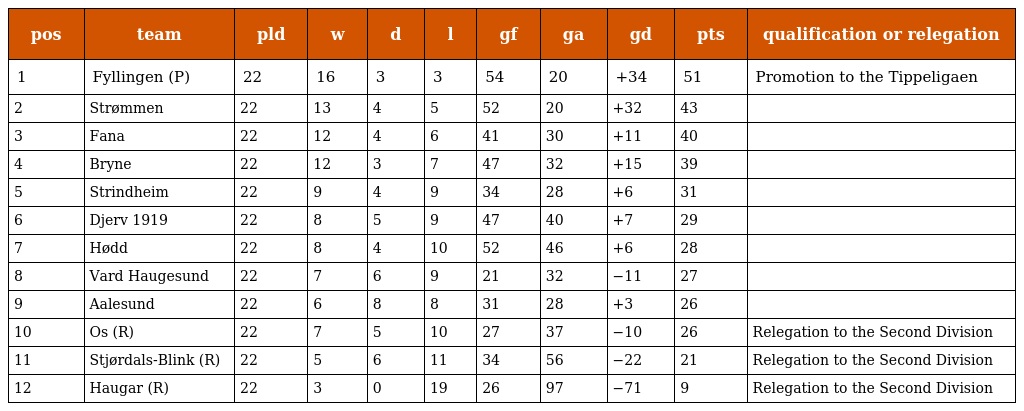
| pos | team | pld | w | d | l | gf | ga | gd | pts | qualification or relegation |
 | --- | --- | --- | --- | --- | --- | --- | --- | --- | --- | --- |
 | 1 | Fyllingen (P) | 22 | 16 | 3 | 3 | 54 | 20 | +34 | 51 | Promotion to the Tippeligaen |
 | 2 | Strømmen | 22 | 13 | 4 | 5 | 52 | 20 | +32 | 43 |  |
 | 3 | Fana | 22 | 12 | 4 | 6 | 41 | 30 | +11 | 40 |  |
 | 4 | Bryne | 22 | 12 | 3 | 7 | 47 | 32 | +15 | 39 |  |
 | 5 | Strindheim | 22 | 9 | 4 | 9 | 34 | 28 | +6 | 31 |  |
 | 6 | Djerv 1919 | 22 | 8 | 5 | 9 | 47 | 40 | +7 | 29 |  |
 | 7 | Hødd | 22 | 8 | 4 | 10 | 52 | 46 | +6 | 28 |  |
 | 8 | Vard Haugesund | 22 | 7 | 6 | 9 | 21 | 32 | −11 | 27 |  |
 | 9 | Aalesund | 22 | 6 | 8 | 8 | 31 | 28 | +3 | 26 |  |
 | 10 | Os (R) | 22 | 7 | 5 | 10 | 27 | 37 | −10 | 26 | Relegation to the Second Division |
 | 11 | Stjørdals-Blink (R) | 22 | 5 | 6 | 11 | 34 | 56 | −22 | 21 | Relegation to the Second Division |
 | 12 | Haugar (R) | 22 | 3 | 0 | 19 | 26 | 97 | −71 | 9 | Relegation to the Second Division |